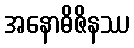
အနောဓိဇိနဿ